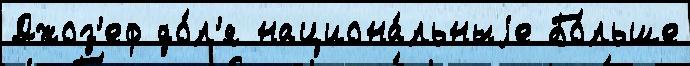
Джоз'еф до́л'я национа́льныjе Бо́льше